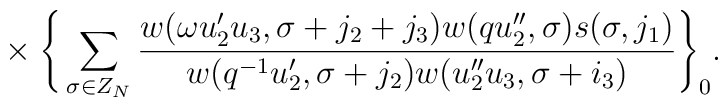
{}~~~~~\times\Bigg\{\sum_{\sigma\in Z_N}\frac{w(\omega u'_2u_3,\sigma+j_2+j_3)w(qu_2'',\sigma)s(\sigma,j_1)}{w(q^{-1}u'_2,\sigma+j_2)w(u_2''u_3,\sigma+i_3)}\Bigg\}_0.